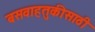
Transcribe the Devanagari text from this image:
बसवाहतुकीसाठी